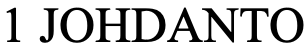
1 JOHDANTO